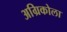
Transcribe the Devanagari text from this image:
अग्रिकोला